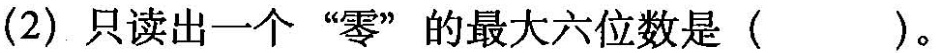
(2)只读出一个”零”的最大六位数是()。